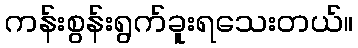
ကန်းစွန်းရွက်ခူးရသေးတယ်။